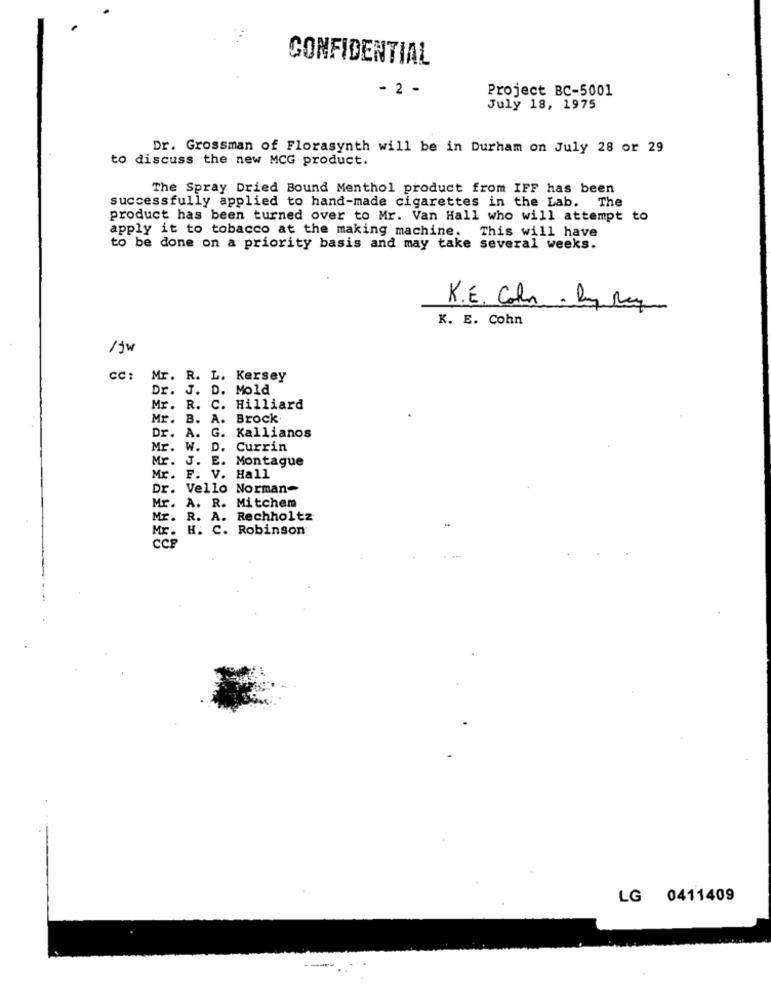
CONFIDENTIAL
- 2 -
Project BC-5001
July 18, 1975
Dr. Grossman of Florasynth will be in Durham on July 28 or 29
to discuss the new MCG product.
The Spray Dried Bound Menthol product from IFF has been
successfully applied to hand-made cigarettes in the Lab. The
product has been turned over to Mr. Van Hall who will attempt to
apply it to tobacco at the making machine.
This will have
to be done on a priority basis and may take several weeks.
K. E. Coli- by Ray
K. E. Cohn
/jw
CC:
Mr. R. L. Kersey
Dr. J. D. Mold
Mr. R. C. Hilliard
Mr. B. A. Brock
Dr. A. G. Kallianos
Mr. W. D. Currin
Mr. J. E. Montague
Mr. F. V. Hall
Dr. Vello Norman-
Mr. A. R. Mitchem
Mr. R. A. Rechholtz
Mr. H. C. Robinson
CCP
LG 0411409